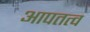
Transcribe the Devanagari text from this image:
आपतत्व